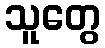
သူတွေ